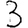
Digit: 3